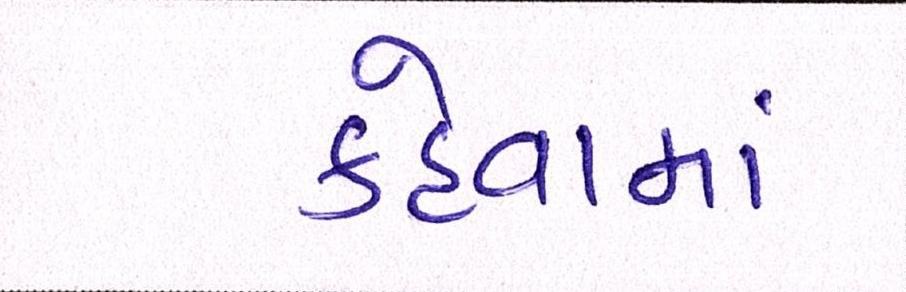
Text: કહેવામાં